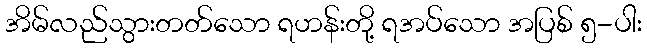
အိမ်လည်သွားတတ်သော ရဟန်းတို့ ရအပ်သော အပြစ် ၅-ပါး